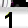
Digit: 1